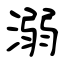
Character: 溺